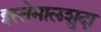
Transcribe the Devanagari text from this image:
इस्तेमालशुदा